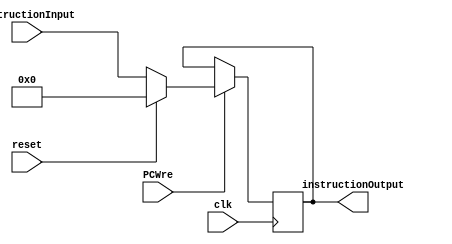
`timescale 1ns / 1ps
//////////////////////////////////////////////////////////////////////////////////
// Company:
// Engineer:
//
// Design Name:
// Module Name:    PC
// Project Name:
// Target Devices:
// Tool versions:
// Description:
//
// Dependencies:
//
// Revision:
// Revision 0.01 - File Created
// Additional Comments:
//
//////////////////////////////////////////////////////////////////////////////////

module PC(
    input clk,                        // 
    input reset,                      // PC
    input PCWre,                      // CU
    input [31:0] instructionInput,    // PC
    output reg[31:0] instructionOutput// 
    );
	 initial
	     instructionOutput = 32 'h00000000;
    always @(posedge clk)
	     begin
		      if (PCWre != 1 'b0) begin
				        // 
               if (reset == 1 'b1) instructionOutput = 32 'h00000000;
					     else instructionOutput = instructionInput;
					end
		  end

endmodule